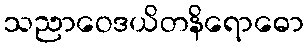
သညာဝေဒယိတနိရောဓော